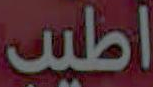
اطيب